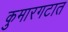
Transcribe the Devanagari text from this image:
कुमारगटात